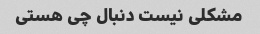
مشکلی نیست دنبال چی هستی